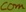
Text: com